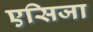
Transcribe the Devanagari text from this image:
एसिजा